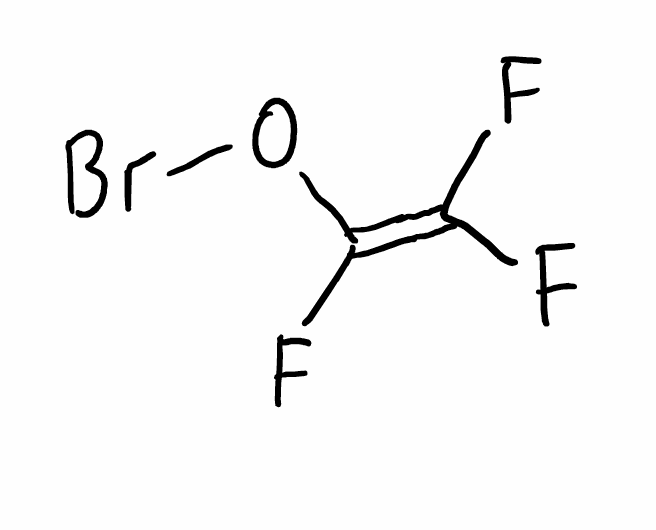
Simplified molecular-input line-entry system (SMILES) notation of the given molecule:
C(=C(F)F)(OBr)F